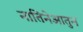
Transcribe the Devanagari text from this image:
नातिनेआतुन